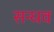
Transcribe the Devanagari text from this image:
सन्धव